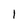
Character: l